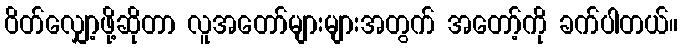
ဝိတ်လျှော့ဖို့ဆိုတာ လူအတော်များများအတွက် အတော့်ကို ခက်ပါတယ်။